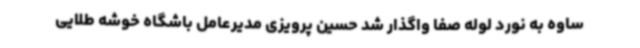
ساوه به نورد لوله صفا واگذار شد حسین پرویزی مدیرعامل باشگاه خوشه طلایی